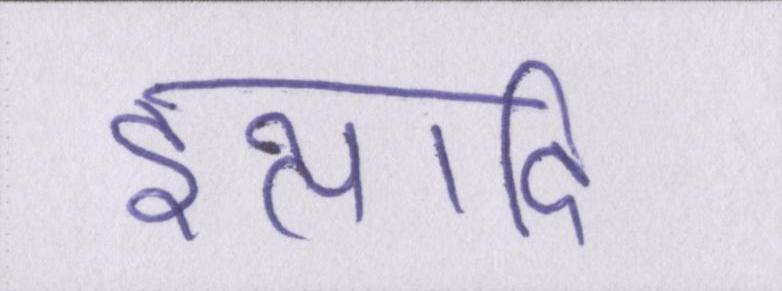
इत्यादि